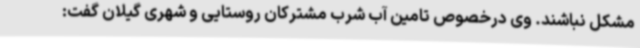
مشکل نباشند. وی درخصوص تامین آب شرب مشترکان روستایی و شهری گیلان گفت: